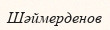
Шәймерденов